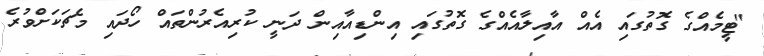
"ޓީމެއްގެ ގޮތުގައި އެއް އާއިލާއެއްގެ ގޮތުގައި އިންޑިއާއިން ދަނީ ކުރިއެރުންތައް ހޯދައި މެޗަކަށްވުރެ